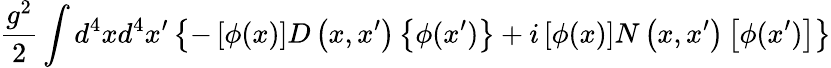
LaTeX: \frac{g^{2}}2\int d^{4}xd^{4}x^{\prime}\left\{ -\left[\phi(x)\right]D\left(x,x^{\prime}\right)\left\{ \phi(x^{\prime})\right\} +i\left[\phi(x)\right]N\left(x,x^{\prime}\right)\left[\phi(x^{\prime})\right]\right\}